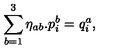
\sum _ { b = 1 } ^ { 3 } \eta _ { a b } . p _ { i } ^ { b } = q _ { i } ^ { a } ,